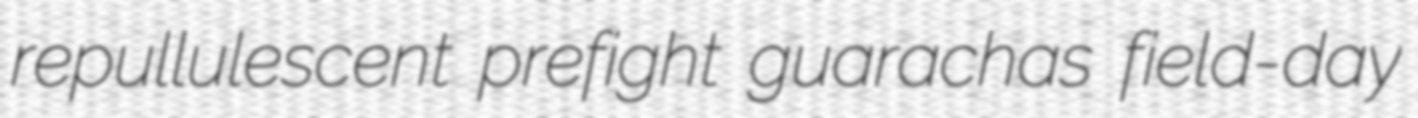
repullulescent prefight guarachas field-day